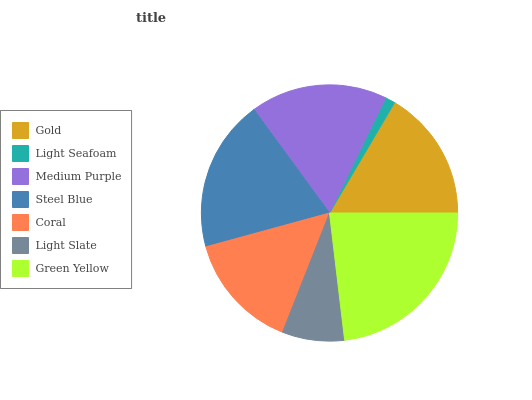
| Gold | Light Seafoam | Medium Purple | Steel Blue | Coral | Light Slate | Green Yellow |
 | --- | --- | --- | --- | --- | --- | --- |
 | 16.6% | 1.27% | 17.2% | 19.3% | 14.8% | 7.85% | 23.1% |